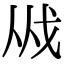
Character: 𢦜